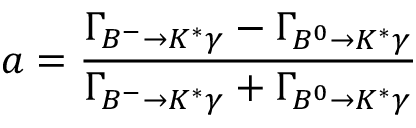
a = \frac { \Gamma _ { B ^ { - } \to K ^ { * } \gamma } - \Gamma _ { B ^ { 0 } \to K ^ { * } \gamma } } { \Gamma _ { B ^ { - } \to K ^ { * } \gamma } + \Gamma _ { B ^ { 0 } \to K ^ { * } \gamma } }